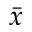
\bar { x }